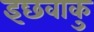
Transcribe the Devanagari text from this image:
इछवाकु